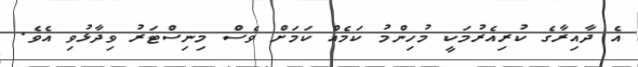
އެ ދާއިރާގެ ކުރިއެރުމަކީ މުހިންމު ކަމެއް ކަމަށް ވެސް މިނިސްޓަރު ވިދާޅުވި އެވެ.